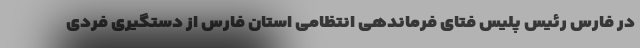
در فارس رئیس پلیس فتای فرماندهی انتظامی استان فارس از دستگیری فردی